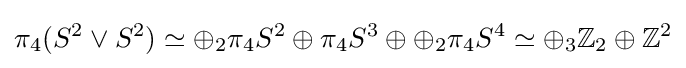
\pi _{4}(S^{2}\vee S^{2})\simeq \oplus _{2}\pi _{4}S^{2}\oplus \pi _{4}S^{3}\oplus \oplus _{2}\pi _{4}S^{4}\simeq \oplus _{3}\mathbb {Z} _{2}\oplus \mathbb {Z} ^{2}